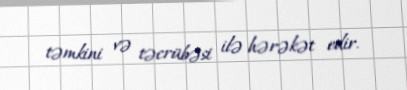
təmkini və təcrübəsi ilə hərəkət edir.